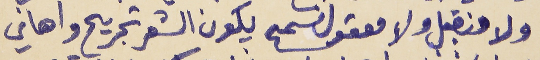
ولا منقبل ولا معقول نسمح     يكون الشعر تجريح واهاني